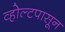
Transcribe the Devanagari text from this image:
व्होल्टपासून